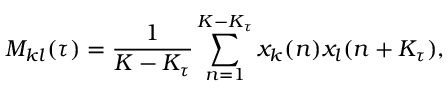
M _ { k l } ( \tau ) = \frac { 1 } { K - K _ { \tau } } \sum _ { n = 1 } ^ { K - K _ { \tau } } x _ { k } ( n ) x _ { l } ( n + K _ { \tau } ) ,